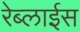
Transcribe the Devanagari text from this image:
रेब्लाईस